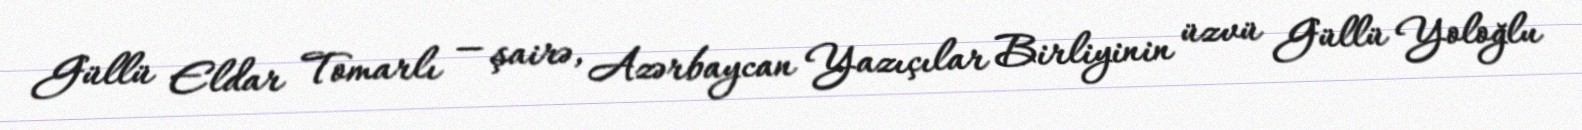
Güllü Eldar Tomarlı — şairə, Azərbaycan Yazıçılar Birliyinin üzvü Güllü Yoloğlu